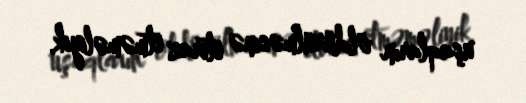
uşaqların öldürülməsinə etiraz etməməliyik.